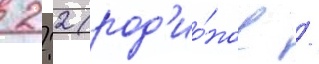
 2:2 (род'ио́нов /